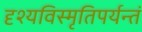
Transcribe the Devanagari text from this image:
दृश्यविस्मृतिपर्यन्तं